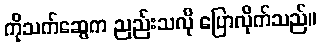
ကိုသက်ဆွေက ညည်းသလို ပြောလိုက်သည်။